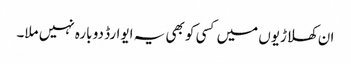
ان کھلاڑیوں میں کسی کو بھی یہ ایوارڈ دو بارہ نہیں ملا۔